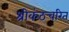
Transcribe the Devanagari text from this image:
श्रीकंठचरित्‌